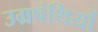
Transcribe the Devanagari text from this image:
उग्रपंथियों